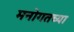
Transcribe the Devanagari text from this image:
मनोगतच्या